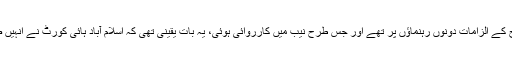
ان کا کہنا تھا کہ جس طرح کے الزامات دونوں رہنماؤں پر تھے اور جس طرح نیب میں کارروائی ہوئی، یہ بات یقینی تھی کہ اسلام آباد ہائی کورٹ نے انہیں ضمانت پر رہا کر دینا ہے۔